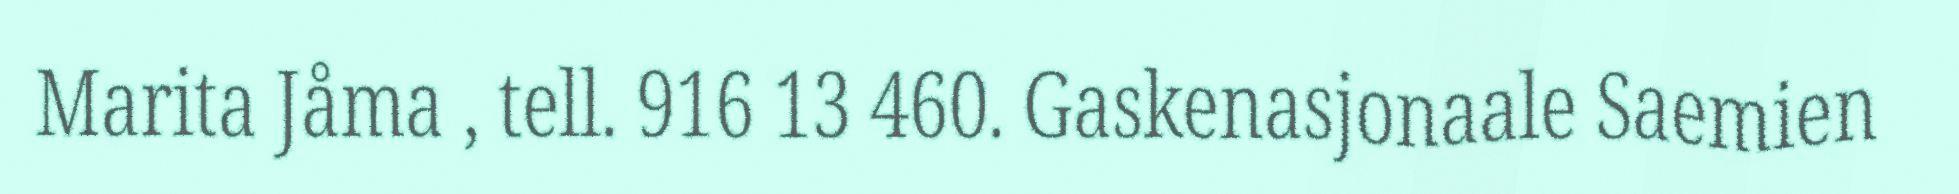
Marita Jåma , tell. 916 13 460. Gaskenasjonaale Saemien